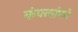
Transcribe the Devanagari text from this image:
कंपन्यांमधे